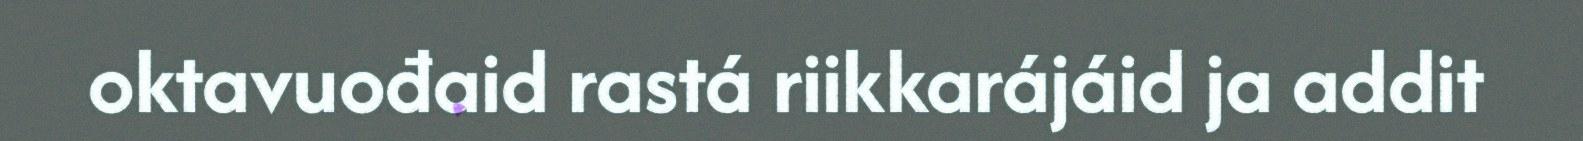
oktavuođaid rastá riikkarájáid ja addit